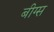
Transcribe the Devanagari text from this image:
बीग्स